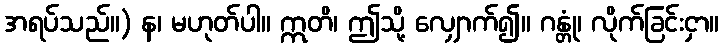
အရပ်သည်။) န၊ မဟုတ်ပါ။ ဣတိ၊ ဤသို့ လျှောက်၍။ ဂန္တုံ၊ လိုက်ခြင်းငှာ။